Indian journal of veterinary science and animal husbandry - Volume 13,
Year: 1943
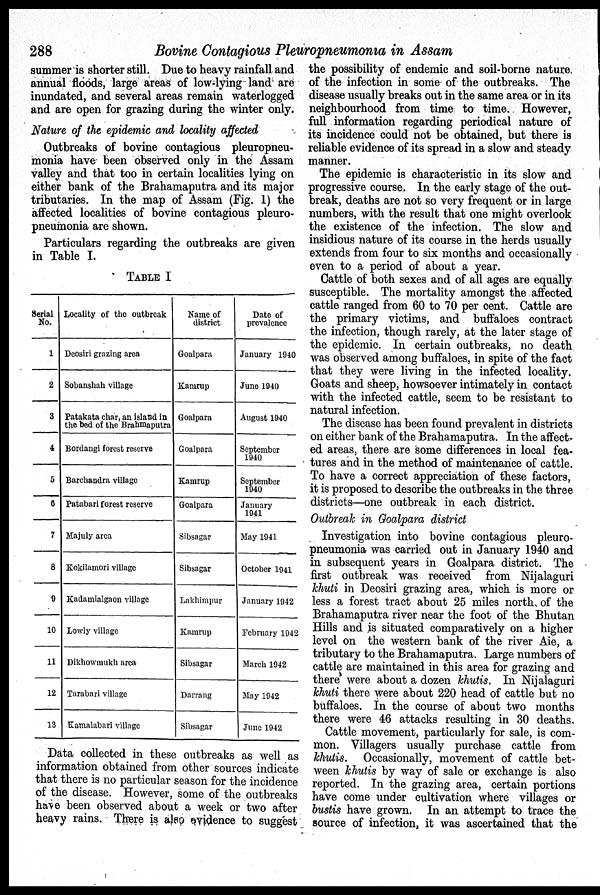
288
Bovine Contagious Pleuropneumonia in Assam
summer is shorter still. Due to heavy rainfall and
annual floods, large areas of low-lying land are
inundated, and several areas remain waterlogged
and are open for grazing during the winter only.
Nature of the epidemic and locality affected
Outbreaks of bovine contagious pleuropneu-
monia have been observed only in the Assam
valley and that too in certain localities lying on
either bank of the Brahamaputra and its major
tributaries. In the map of Assam (Fig. 1) the
affected localities of bovine contagious pleuro-
pneumonia are shown.
Particulars regarding the outbreaks are given
in Table I.
TABLE I
Serial
No.
1
2
3
4
5
6
7
8
9
10
11
12
13
Locality of the outbreak
Deosiri grazing area
Sobanshah village
Patakata char, an island in
the bed of the Brahmaputra
Bordangi forest reserve
Barchandra village
Patabari forest reserve
Majuly area
Kokilamori village
Kadamialgaon village
Lowly village
Dikhowmukh area
Tarabari village
Kamalabari village
Name of
district
Goalpara
Kamrup
Goalpara
Goalpara
Kamrup
Goalpara
Sibsagar
Sibsagar
Lakhimpur
Kamrup
Sibsagar
Darrang
Sibsagar
Date of
prevalence
January 1940
June 1940
August 1940
September
1940
September
1940
January
1941
May 1941
October 1941
January 1942
February 1942
March 1942
May 1942
June 1942
Data collected in these outbreaks as well as
information obtained from other sources indicate
that there is no particular season for the incidence
of the disease. However, some of the outbreaks
have been observed about a week or two after
heavy rains. There is also evidence to suggest
the possibility of endemic and soil-borne nature
of the infection in some of the outbreaks. The
disease usually breaks out in the same area or in its
neighbourhood from time to time. However,
full information regarding periodical nature of
its incidence could not be obtained, but there is
reliable evidence of its spread in a slow and steady
manner.
The epidemic is characteristic in its slow and
progressive course. In the early stage of the out-
break, deaths are not so very frequent or in large
numbers, with the result that one might overlook
the existence of the infection. The slow and
insidious nature of its course in the herds usually
extends from four to six months and occasionally
even to a period of about a year.
Cattle of both sexes and of all ages are equally
susceptible. The mortality amongst the affected
cattle ranged from 60 to 70 per cent. Cattle are
the primary victims, and buffaloes contract
the infection, though rarely, at the later stage of
the epidemic. In certain outbreaks, no death
was observed among buffaloes, in spite of the fact
that they were living in the infected locality.
Goats and sheep, howsoever intimately in contact
with the infected cattle, seem to be resistant to
natural infection.
The disease has been found prevalent in districts
on either bank of the Brahamaputra. In the affect-
ed areas, there are some differences in local fea-
tures and in the method of maintenance of cattle.
To have a correct appreciation of these factors,
it is proposed to describe the outbreaks in the three
districts—one outbreak in each district.
Outbreak in Goalpara district
Investigation into bovine contagious pleuro-
pneumonia was carried out in January 1940 and
in subsequent years in Goalpara district. The
first outbreak was received from Nijalaguri
khuti in Deosiri grazing area, which is more or
less a forest tract about 25 miles north of the
Brahamaputra river near the foot of the Bhutan
Hills and is situated comparatively on a higher
level on the western bank of the river Aie, a
tributary to the Brahamaputra. Large numbers of
cattle are maintained in this area for grazing and
there were about a dozen khutis. In Nijalaguri
khuti there were about 220 head of cattle but no
buffaloes. In the course of about two months
there were 46 attacks resulting in 30 deaths.
Cattle movement, particularly for sale, is com-
mon. Villagers usually purchase cattle from
khutis. Occasionally, movement of cattle bet-
ween khutis by way of sale or exchange is also
reported. In the grazing area, certain portions
have come under cultivation where villages or
bustis have grown. In an attempt to trace the
source of infection, it was ascertained that the